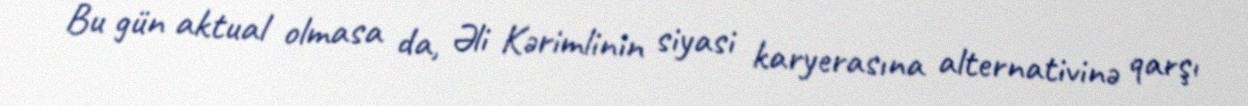
Bu gün aktual olmasa da, Əli Kərimlinin siyasi karyerasına alternativinə qarşı